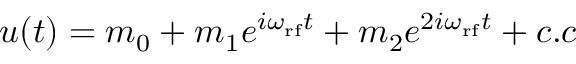
u ( t ) = m _ { 0 } + m _ { 1 } e ^ { i \omega _ { \mathrm { r f } } t } + m _ { 2 } e ^ { 2 i \omega _ { \mathrm { r f } } t } + c . c